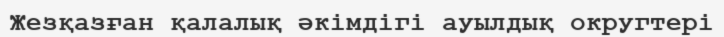
Жезқазған қалалық әкімдігі ауылдық округтері